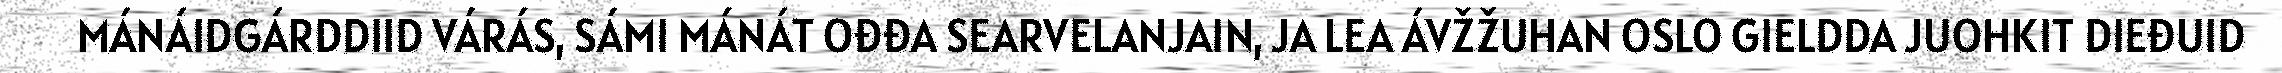
MÁNÁIDGÁRDDIID VÁRÁS, SÁMI MÁNÁT OĐĐA SEARVELANJAIN, JA LEA ÁVŽŽUHAN OSLO GIELDDA JUOHKIT DIEĐUID